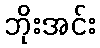
ဘိုးအင်း